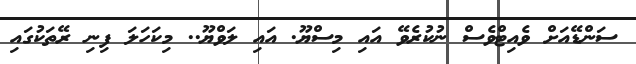
ސަންޑޭއަށް ވެއިޓްވެސް ނުކުރެވޭ އައި މިސްޔޫ. އައި ލަވްޔޫ.. މިކަހަލަ ފިނި ރޭތަކުގައި